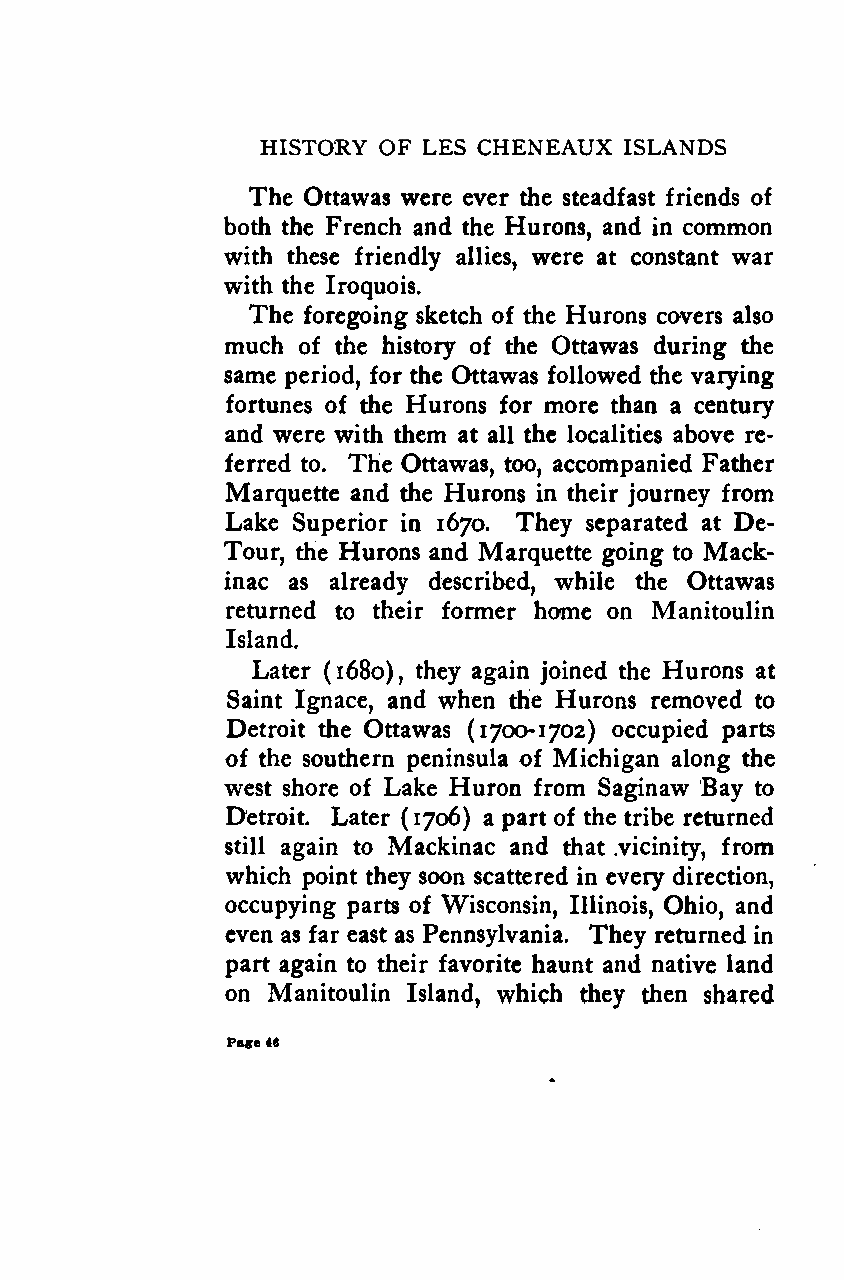
HISTORY OF LES CHENEAUX ISLANDS
 The Ottawas were ever the steadfast friends of
 both the French and the Hurons, and in common
 with these friendly allies, were at constant war
 with the Iroquois.
 The foregoing sketch of the Hurons covers also
 much of the history of the Ottawas during the
 same period, for the Ottawas followed the varying
 fortunes of the Hurons for more than a century
 and were with them at all the localities above re-
 ferred to. The Ottawas, too, accompanied Father
 Marquette and the Hurons in their journey from
 Lake Superior in 1670. They separated at De-
 Tour, the Hurons and Marquette going to Mack-
 inac as already described, while the Ottawas
 returned to their former home on Manitoulin
 Island.
 Later (1680), they again joined the Hurons at
 Saint Ignace, and when the Hurons removed to
 Detroit the Ottawas (1700-1702) occupied parts
 of the southern peninsula of Michigan along the
 west shore of Lake Huron from Saginaw Bay to
 Detroit. Later 1706) a part of the tribe returned
 (
 still again to Mackinac and that .vicinity, from
 which point they soon scattered in every direction,
 occupying parts of Wisconsin, Illinois, Ohio, and
 even as far east as Pennsylvania. They returned in
 part again to their favorite haunt and native land
 on Manitoulin Island, which they then shared
 Page46
 Google
 Digitizedby